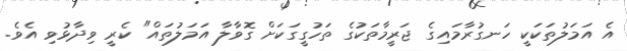
އެ އަމަލުތަކަކީ ހަނގުރާމައިގެ ޖަރީމާތަކުގެ ތަހުގީގަކަށް ގޮވާލާ އަމަލުތައް" ކެރީ ވިދާޅުވި އެވެ.